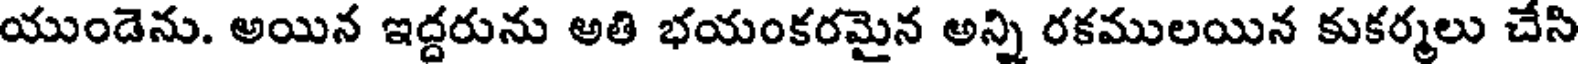
యుండెను. అయిన ఇద్దరును అతి భయంకరమైన అన్ని రకములయిన కుకర్మలు చేసి